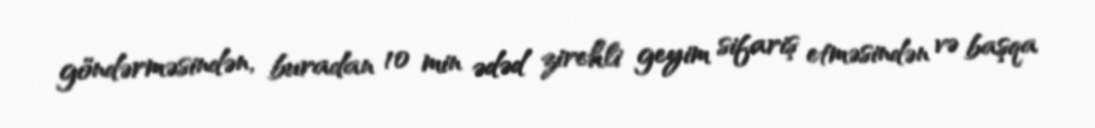
göndərməsindən, buradan 10 min ədəd zirehli geyim sifariş etməsindən və başqa